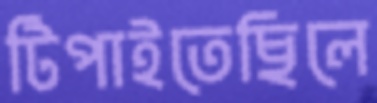
টিপাইতেছিলে